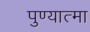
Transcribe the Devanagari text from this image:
पुण्‍यात्‍मा